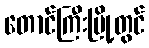
တောင်ကြီးမြို့တွင်